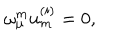
\omega _ { \mu } ^ { { m } } u _ { { m } } ^ { { ( i ) } } = 0 ,